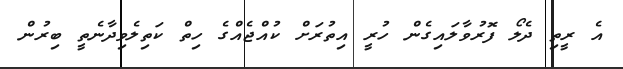
އެ ރީތި ދެލޯ ފޮރުވާލައިގެން ހުރީ އިތުރަށް ކުއްޖެއްގެ ހިތް ކަތިލެވިދާނެތީ ބިރުން